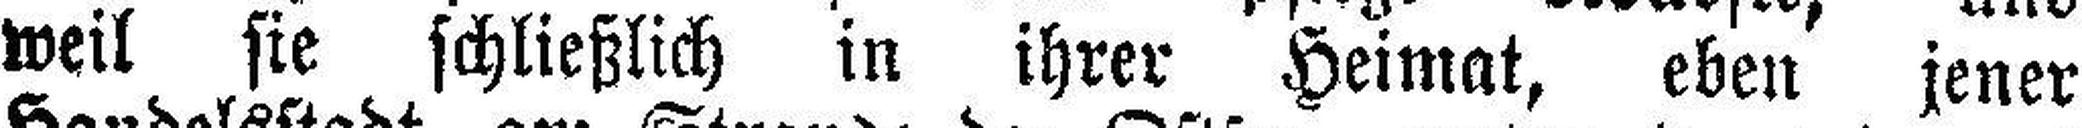
weil sie schließlich in ihrer Heimat, eben jener